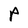
Character: P